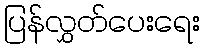
ပြန်လွှတ်ပေးရေး